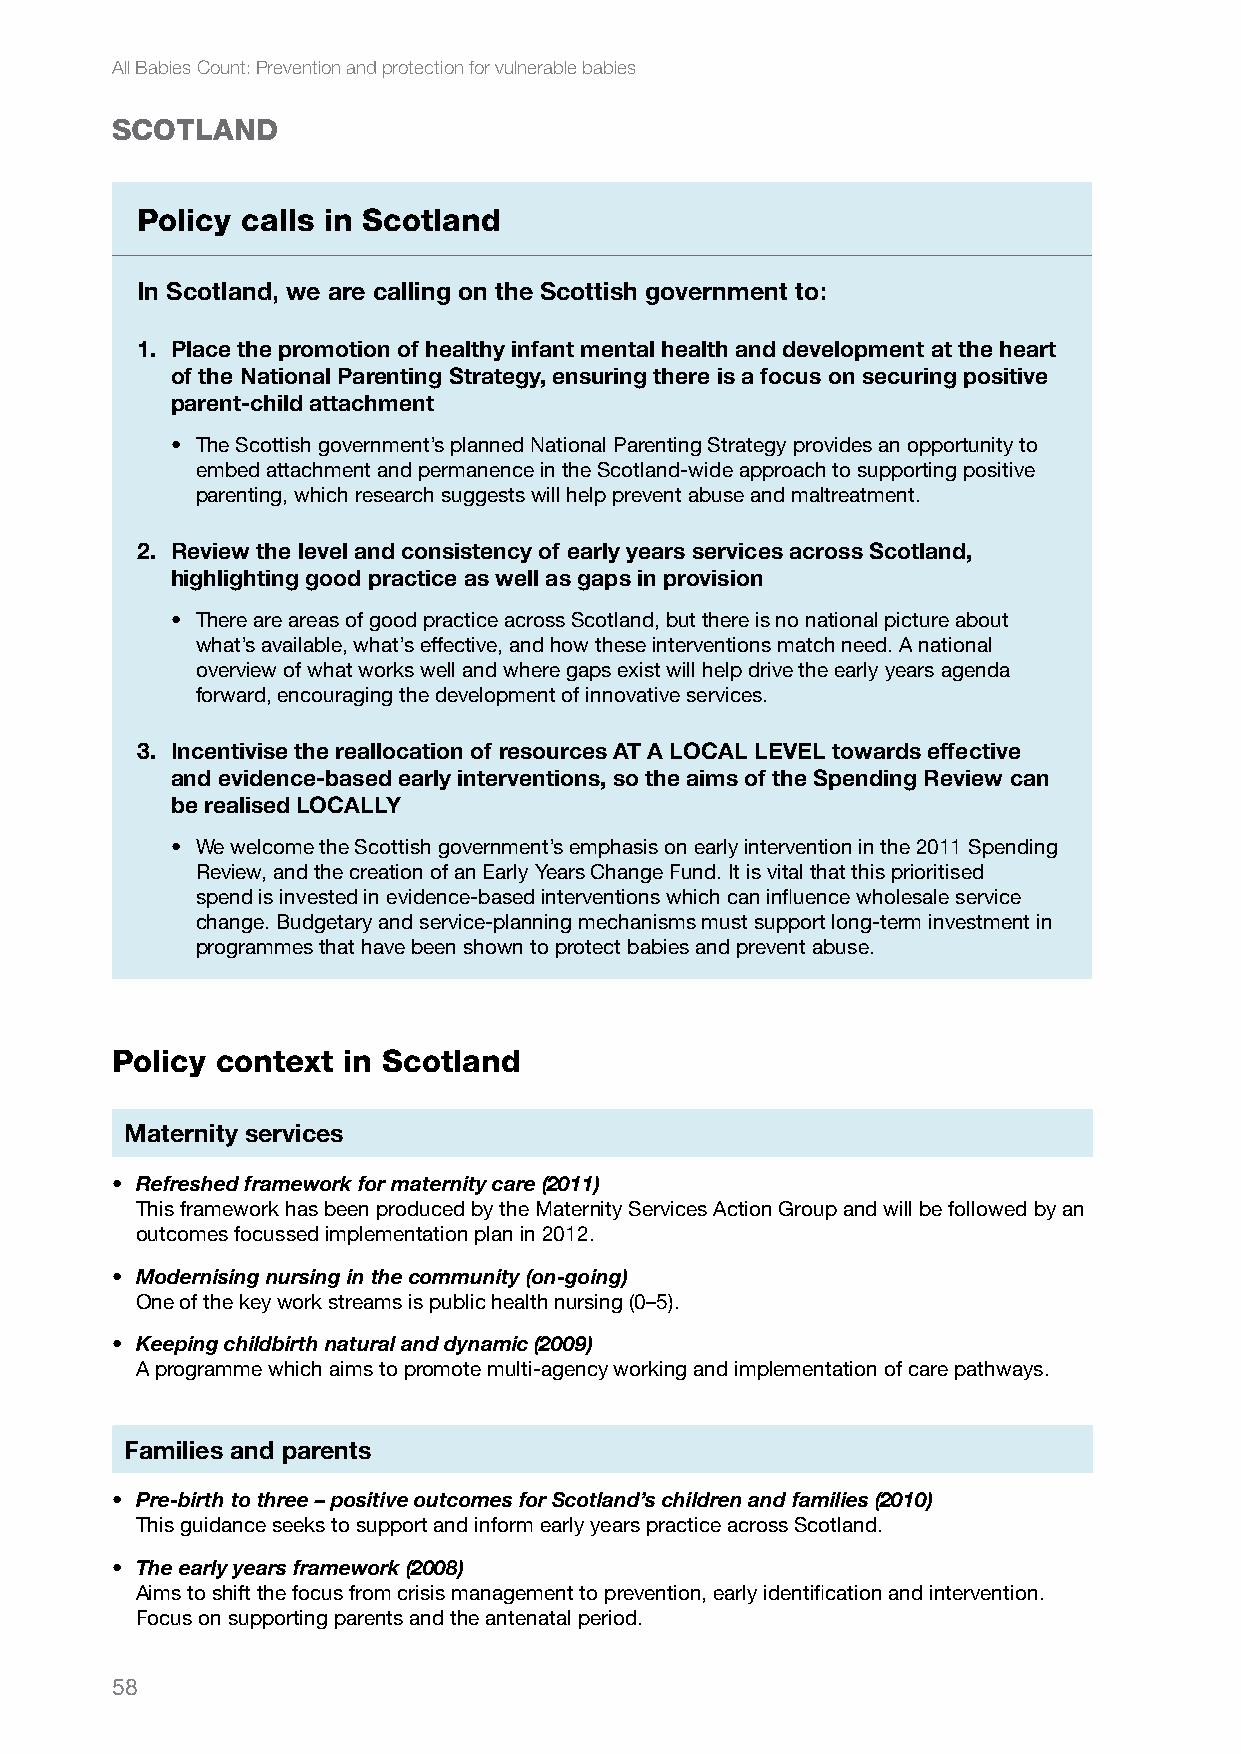
All Babies Count: Prevention and protection for vulnerable babies
 SCOTLAND
 Policy calls in Scotland
 In Scotland, we are calling on the Scottish government to:
 1. Place the promotion of healthy infant mental health and development at the heart
 of the National Parenting Strategy, ensuring there is a focus on securing positive
 parent-child attachment
 • The Scottish government’s planned National Parenting Strategy provides an opportunity to
 embed attachment and permanence in the Scotland-wide approach to supporting positive
 parenting, which research suggests will help prevent abuse and maltreatment.
 2. Review the level and consistency of early years services across Scotland,
 highlighting good practice as well as gaps in provision
 • There are areas of good practice across Scotland, but there is no national picture about
 what’s available, what’s effective, and how these interventions match need. A national
 overview of what works well and where gaps exist will help drive the early years agenda
 forward, encouraging the development of innovative services.
 3. Incentivise the reallocation of resources AT A LOCAL LEVEL towards effective
 and evidence-based early interventions, so the aims of the Spending Review can
 be realised LOCALLY
 • We welcome the Scottish government’s emphasis on early intervention in the 2011 Spending
 Review, and the creation of an Early Years Change Fund. It is vital that this prioritised
 spend is invested in evidence-based interventions which can influence wholesale service
 change. Budgetary and service-planning mechanisms must support long-term investment in
 programmes that have been shown to protect babies and prevent abuse.
 Policy context  in Scotland
 Maternity services
 • Refreshed framework for maternity care (2011)
 This framework has been produced by the Maternity Services Action Group and will be followed by an
 outcomes focussed implementation plan in 2012.
 • Modernising nursing in the community (on-going)
 One of the key work streams is public health nursing (0–5).
 • Keeping childbirth natural and dynamic (2009)
 A programme which aims to promote multi-agency working and implementation of care pathways.
 Families and parents
 • Pre-birth to three – positive outcomes for Scotland’s children and families (2010)
 This guidance seeks to support and inform early years practice across Scotland.
 • The early years framework (2008)
 Aims to shift the focus from crisis management to prevention, early identification and intervention.
 Focus on supporting parents and the antenatal period.
 58